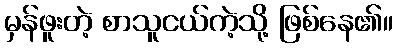
မှန်ဖူးတဲ့ စာသူငယ်ကဲ့သို့ ဖြစ်နေ၏။